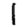
Digit: 1